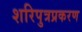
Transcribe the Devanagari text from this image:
शरिपुत्रप्रकरण